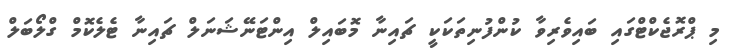
މި ޕްރޮޖެކްޓްގައި ބައިވެރިވާ ކުންފުނިތަކަކީ ޗައިނާ މޮބައިލް އިންޓަނޭޝަނަލް ޗައިނާ ޓެލެކޮމް ގްލޯބަލް